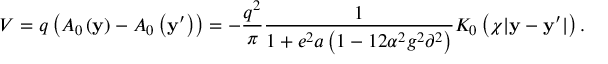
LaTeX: V = q \left( { { \cal A } _ { 0 } \left( { \bf y } \right) - { \cal A } _ { 0 } \left( { { \bf y } ^ { \prime } } \right) } \right) = - \frac { { q ^ { 2 } } } { \pi } \frac { 1 } { { 1 + e ^ { 2 } a \left( { 1 - 1 2 \alpha ^ { 2 } g ^ { 2 } \partial ^ { 2 } } \right) } } K _ { 0 } \left( { \chi | { \bf y } - { \bf y } ^ { \prime } | } \right) .